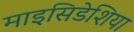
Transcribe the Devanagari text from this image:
माइसिडेशिया